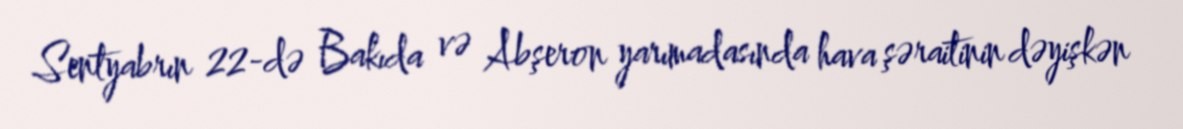
Sentyabrın 22-də Bakıda və Abşeron yarımadasında hava şəraitinin dəyişkən